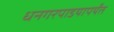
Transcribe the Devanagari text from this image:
धनगरपाडयापर्यंत